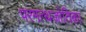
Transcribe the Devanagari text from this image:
परमत्थजोतिका